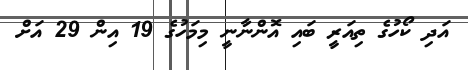
އަދި ކޯހުގެ ތިއަރީ ބައި އޮންނާނީ މިމަހުގެ 19 އިން 29 އަށް